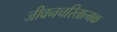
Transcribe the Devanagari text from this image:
जीवनचरितात्मक